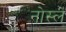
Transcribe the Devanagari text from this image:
नोस्ले